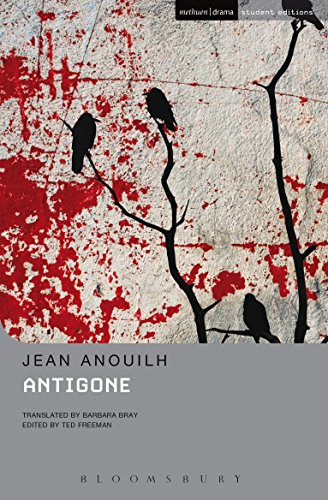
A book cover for Antigone (Methuen Drama, Methuen Student Edition); Jean Anouilh; Literature & Fiction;